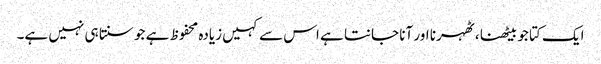
ایک کتا جو بیٹھنا ، ٹھہرنا اور آنا جانتا ہے اس سے کہیں زیادہ محفوظ ہے جو سنتا ہی نہیں ہے۔